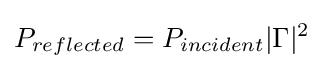
P_{reflected}=P_{incident}|\Gamma |^{2}